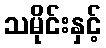
သမိုင်းနှင့်